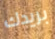
بريدك